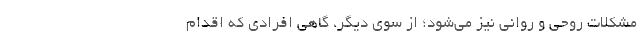
مشکلات روحی و روانی نیز می‌‌شود؛ از سوی دیگر، گاهی افرادی که اقدام